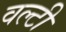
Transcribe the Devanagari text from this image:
वल्टी